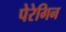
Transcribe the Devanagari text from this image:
पेरेगिन